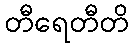
တီရေတီတိ